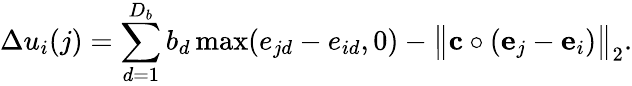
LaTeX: \Delta u_{i}(j)=\sum_{d=1}^{D_{b}}b_{d}\operatorname*{max}(e_{jd}-e_{id},0)-\big\| {\mathbf{c}}\circ({\mathbf{e}}_{j}-{\mathbf{e}}_{i})\big\| _{2}.